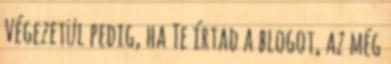
Végezetül pedig, ha Te írtad a blogot, az még